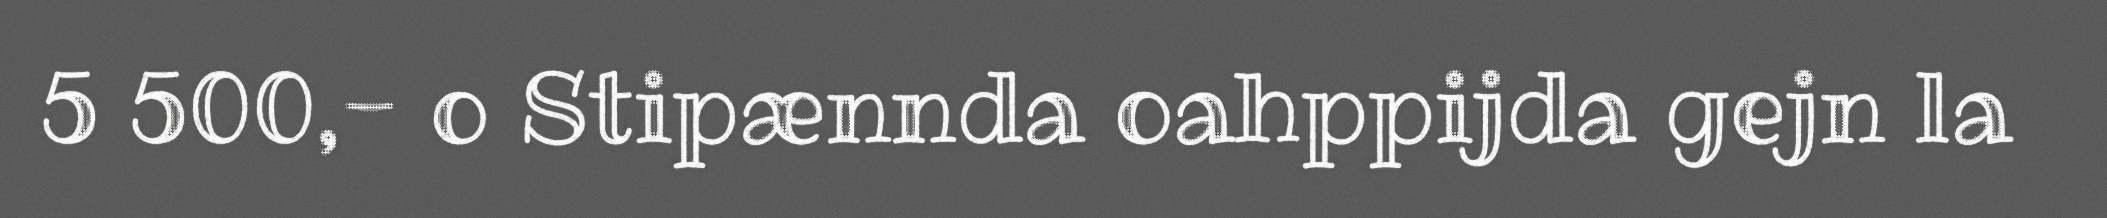
5 500,- o Stipænnda oahppijda gejn la